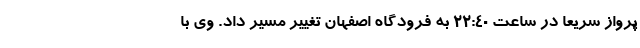
پرواز سریعا در ساعت 22:40 به فرودگاه اصفهان تغییر مسیر داد. وی با